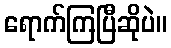
ရောက်ကြပြီဆိုပဲ။